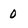
Character: 0